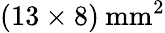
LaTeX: (13\times 8)\: \mathrm{{mm^{2}}}